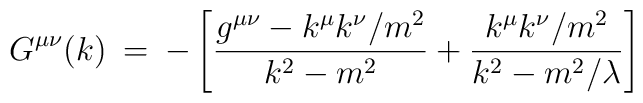
G^{\mu\nu}(k) \> = \> -\left[\frac{g^{\mu\nu}- k^{\mu} k^{\nu}/m^2}{k^2-m^2} + \frac{k^{\mu} k^{\nu}/m^2}{k^2-m^2/\lambda}\right]